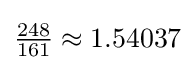
{\tfrac {248}{161}}\approx 1.54037